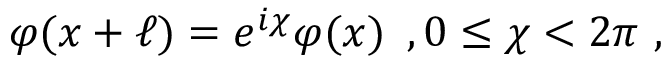
\quad \varphi ( x + \ell ) = e ^ { i \chi } \varphi ( x ) \, \, \, , 0 \leq \chi < 2 \pi \, \, ,